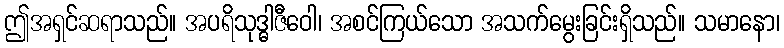
ဤအရှင်ဆရာသည်။ အပရိသုဒ္ဓါဇီဝေါ၊ အစင်ကြယ်သော အသက်မွေးခြင်းရှိသည်။ သမာနော၊